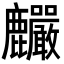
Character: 麣